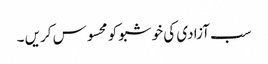
سب آزادی کی خوشبو کو محسوس کریں ۔